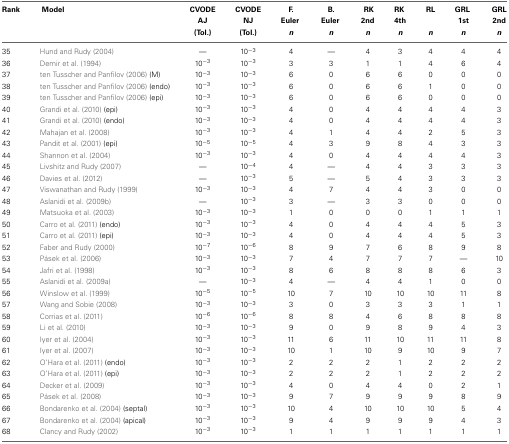
<table><thead><tr><td><b>Rank</b></td><td><b>Model</b></td><td><b>CVODE</b></td><td><b>CVODE</b></td><td><b>F.</b></td><td><b>B.</b></td><td><b>RK</b></td><td><b>RK</b></td><td><b>RL</b></td><td><b>GRL</b></td><td><b>GRL</b></td></tr><tr><td></td><td></td><td><b>AJ</b></td><td><b>NJ</b></td><td><b>Euler</b></td><td><b>Euler</b></td><td><b>2nd</b></td><td><b>4th</b></td><td></td><td><b>1st</b></td><td><b>2nd</b></td></tr><tr><td></td><td></td><td><b>(Tol.)</b></td><td><b>(Tol.)</b></td><td><b><i>n</i></b></td><td><b><i>n</i></b></td><td><b><i>n</i></b></td><td><b><i>n</i></b></td><td><b><i>n</i></b></td><td><b><i>n</i></b></td><td><b><i>n</i></b></td></tr></thead><tbody><tr><td>35</td><td>Hund and Rudy (2004)</td><td>—</td><td>10<sup>−3</sup></td><td>4</td><td>—</td><td>4</td><td>3</td><td>4</td><td>4</td><td>4</td></tr><tr><td>36</td><td>Demir et al. (1994)</td><td>10<sup>−3</sup></td><td>10<sup>−3</sup></td><td>3</td><td>3</td><td>1</td><td>1</td><td>4</td><td>6</td><td>4</td></tr><tr><td>37</td><td>ten Tusscher and Panfilov (2006) (M)</td><td>10<sup>−3</sup></td><td>10<sup>−3</sup></td><td>6</td><td>0</td><td>6</td><td>6</td><td>0</td><td>0</td><td>0</td></tr><tr><td>38</td><td>ten Tusscher and Panfilov (2006) (endo)</td><td>10<sup>−3</sup></td><td>10<sup>−3</sup></td><td>6</td><td>0</td><td>6</td><td>6</td><td>1</td><td>0</td><td>0</td></tr><tr><td>39</td><td>ten Tusscher and Panfilov (2006) (epi)</td><td>10<sup>−3</sup></td><td>10<sup>−3</sup></td><td>6</td><td>0</td><td>6</td><td>6</td><td>0</td><td>0</td><td>0</td></tr><tr><td>40</td><td>Grandi et al. (2010) (epi)</td><td>10<sup>−3</sup></td><td>10<sup>−3</sup></td><td>4</td><td>0</td><td>4</td><td>4</td><td>4</td><td>4</td><td>3</td></tr><tr><td>41</td><td>Grandi et al. (2010) (endo)</td><td>10<sup>−3</sup></td><td>10<sup>−3</sup></td><td>4</td><td>0</td><td>4</td><td>4</td><td>4</td><td>4</td><td>3</td></tr><tr><td>42</td><td>Mahajan et al. (2008)</td><td>10<sup>−3</sup></td><td>10<sup>−3</sup></td><td>4</td><td>1</td><td>4</td><td>4</td><td>2</td><td>5</td><td>3</td></tr><tr><td>43</td><td>Pandit et al. (2001) (epi)</td><td>10<sup>−5</sup></td><td>10<sup>−5</sup></td><td>4</td><td>3</td><td>9</td><td>8</td><td>4</td><td>3</td><td>3</td></tr><tr><td>44</td><td>Shannon et al. (2004)</td><td>10<sup>−3</sup></td><td>10<sup>−3</sup></td><td>4</td><td>0</td><td>4</td><td>4</td><td>4</td><td>4</td><td>3</td></tr><tr><td>45</td><td>Livshitz and Rudy (2007)</td><td>—</td><td>10<sup>−4</sup></td><td>4</td><td>—</td><td>4</td><td>4</td><td>3</td><td>3</td><td>3</td></tr><tr><td>46</td><td>Davies et al. (2012)</td><td>—</td><td>10<sup>−3</sup></td><td>5</td><td>—</td><td>5</td><td>4</td><td>3</td><td>3</td><td>3</td></tr><tr><td>47</td><td>Viswanathan and Rudy (1999)</td><td>10<sup>−3</sup></td><td>10<sup>−3</sup></td><td>4</td><td>7</td><td>4</td><td>4</td><td>3</td><td>0</td><td>0</td></tr><tr><td>48</td><td>Aslanidi et al. (2009b)</td><td>—</td><td>10<sup>−3</sup></td><td>3</td><td>—</td><td>3</td><td>3</td><td>0</td><td>0</td><td>0</td></tr><tr><td>49</td><td>Matsuoka et al. (2003)</td><td>10<sup>−3</sup></td><td>10<sup>−3</sup></td><td>1</td><td>0</td><td>0</td><td>0</td><td>1</td><td>1</td><td>1</td></tr><tr><td>50</td><td>Carro et al. (2011) (endo)</td><td>10<sup>−3</sup></td><td>10<sup>−3</sup></td><td>4</td><td>0</td><td>4</td><td>4</td><td>4</td><td>5</td><td>3</td></tr><tr><td>51</td><td>Carro et al. (2011) (epi)</td><td>10<sup>−3</sup></td><td>10<sup>−3</sup></td><td>4</td><td>0</td><td>4</td><td>4</td><td>4</td><td>5</td><td>3</td></tr><tr><td>52</td><td>Faber and Rudy (2000)</td><td>10<sup>−7</sup></td><td>10<sup>−6</sup></td><td>8</td><td>9</td><td>7</td><td>6</td><td>8</td><td>9</td><td>8</td></tr><tr><td>53</td><td>Pásek et al. (2006)</td><td>10<sup>−3</sup></td><td>10<sup>−3</sup></td><td>7</td><td>4</td><td>7</td><td>7</td><td>7</td><td>—</td><td>10</td></tr><tr><td>54</td><td>Jafri et al. (1998)</td><td>10<sup>−3</sup></td><td>10<sup>−3</sup></td><td>8</td><td>6</td><td>8</td><td>8</td><td>8</td><td>6</td><td>3</td></tr><tr><td>55</td><td>Aslanidi et al. (2009a)</td><td>—</td><td>10<sup>−3</sup></td><td>4</td><td>—</td><td>4</td><td>4</td><td>1</td><td>0</td><td>0</td></tr><tr><td>56</td><td>Winslow et al. (1999)</td><td>10<sup>−5</sup></td><td>10<sup>−5</sup></td><td>10</td><td>7</td><td>10</td><td>10</td><td>10</td><td>11</td><td>8</td></tr><tr><td>57</td><td>Wang and Sobie (2008)</td><td>10<sup>−3</sup></td><td>10<sup>−3</sup></td><td>3</td><td>0</td><td>3</td><td>3</td><td>3</td><td>1</td><td>1</td></tr><tr><td>58</td><td>Corrias et al. (2011)</td><td>10<sup>−6</sup></td><td>10<sup>−6</sup></td><td>8</td><td>8</td><td>4</td><td>6</td><td>8</td><td>8</td><td>8</td></tr><tr><td>59</td><td>Li et al. (2010)</td><td>10<sup>−3</sup></td><td>10<sup>−3</sup></td><td>9</td><td>0</td><td>9</td><td>8</td><td>9</td><td>4</td><td>3</td></tr><tr><td>60</td><td>Iyer et al. (2004)</td><td>10<sup>−3</sup></td><td>10<sup>−3</sup></td><td>11</td><td>6</td><td>11</td><td>10</td><td>11</td><td>11</td><td>8</td></tr><tr><td>61</td><td>Iyer et al. (2007)</td><td>10<sup>−3</sup></td><td>10<sup>−3</sup></td><td>10</td><td>1</td><td>10</td><td>9</td><td>10</td><td>9</td><td>7</td></tr><tr><td>62</td><td>O&#x27;Hara et al. (2011) (endo)</td><td>10<sup>−3</sup></td><td>10<sup>−3</sup></td><td>2</td><td>2</td><td>2</td><td>1</td><td>2</td><td>2</td><td>2</td></tr><tr><td>63</td><td>O&#x27;Hara et al. (2011) (epi)</td><td>10<sup>−3</sup></td><td>10<sup>−3</sup></td><td>2</td><td>2</td><td>2</td><td>1</td><td>2</td><td>2</td><td>2</td></tr><tr><td>64</td><td>Decker et al. (2009)</td><td>10<sup>−3</sup></td><td>10<sup>−3</sup></td><td>4</td><td>0</td><td>4</td><td>4</td><td>0</td><td>2</td><td>1</td></tr><tr><td>65</td><td>Pásek et al. (2008)</td><td>10<sup>−3</sup></td><td>10<sup>−3</sup></td><td>9</td><td>7</td><td>9</td><td>9</td><td>9</td><td>8</td><td>9</td></tr><tr><td>66</td><td>Bondarenko et al. (2004) (septal)</td><td>10<sup>−3</sup></td><td>10<sup>−3</sup></td><td>10</td><td>4</td><td>10</td><td>10</td><td>10</td><td>5</td><td>4</td></tr><tr><td>67</td><td>Bondarenko et al. (2004) (apical)</td><td>10<sup>−3</sup></td><td>10<sup>−3</sup></td><td>9</td><td>4</td><td>9</td><td>9</td><td>9</td><td>4</td><td>3</td></tr><tr><td>68</td><td>Clancy and Rudy (2002)</td><td>10<sup>−3</sup></td><td>10<sup>−3</sup></td><td>1</td><td>1</td><td>1</td><td>1</td><td>1</td><td>1</td><td>1</td></tr></tbody></table>